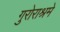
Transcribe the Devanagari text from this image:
गुरोराश्रमे